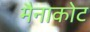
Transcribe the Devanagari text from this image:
मैनाकोट